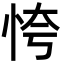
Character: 恗